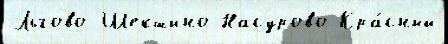
Льгово Шекшино Насурово Кра́сный